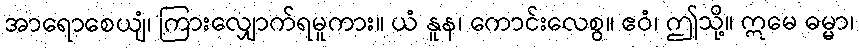
အာရောစေယျံ၊ ကြားလျှောက်ရမူကား။ ယံ နူန၊ ကောင်းလေစွ။ ဧဝံ၊ ဤသို့။ ဣမေ ဓမ္မာ၊